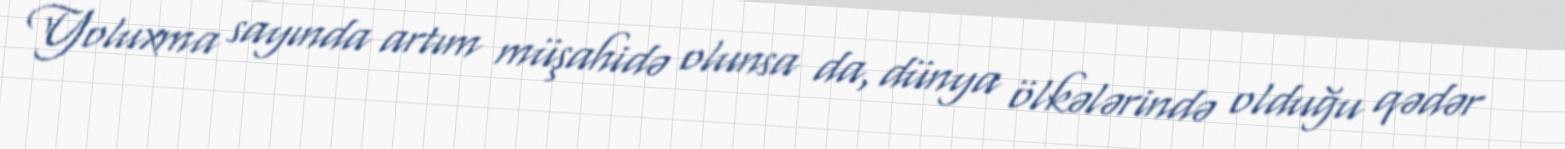
Yoluxma sayında artım müşahidə olunsa da, dünya ölkələrində olduğu qədər